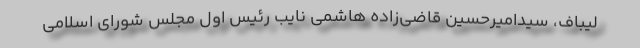
لیباف، سیدامیرحسین قاضی‌زاده هاشمی نایب رئیس اول مجلس شورای اسلامی